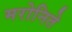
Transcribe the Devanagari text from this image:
मरोनिते